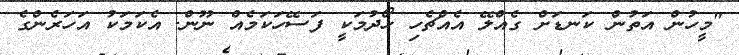
"މީހުން އަތުން ކަނޑަށް ގެއްލޭ އެއްޗެހި ހޯދުމަކީ ފަސޭހަކަމެއް ނޫން. އެކަމަކު އަހަރެންގެ